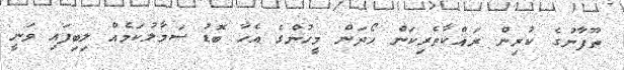
ތޫފާނުގެ ކުރިން ރައްކާތެރިކަން ހޯދަން މީހުންގެ އެހާ ބޮޑު ސަމާލުކަމެއް ލިބިފައި ވަނީ